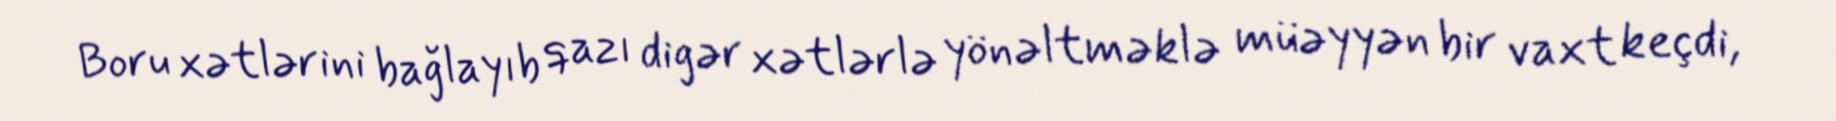
Boru xətlərini bağlayıb qazı digər xətlərlə yönəltməklə müəyyən bir vaxt keçdi,